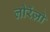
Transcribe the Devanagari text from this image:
लौरेंज़ो